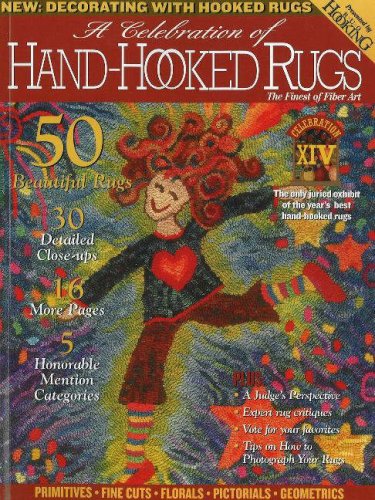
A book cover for Celebration of Hand-Hooked Rugs XIV (No. 14); Crafts, Hobbies & Home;